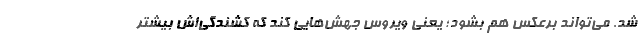
شد. می‌تواند برعکس هم بشود؛ یعنی ویروس جهش‌هایی کند که کشندگی‌اش بیشتر